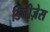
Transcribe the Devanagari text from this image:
डिजीज़ेस